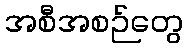
အစီအစဉ်တွေ